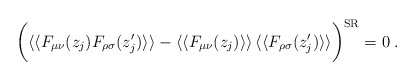
\begin{align*}\bigg( \langle\langle F_{\mu\nu}(z_j) F_{\rho\sigma}(z_j^{\prime})\rangle\rangle - \langle\langle F_{\mu\nu}(z_j) \rangle\rangle \,\langle\langle F_{\rho\sigma}(z_j^{\prime}) \rangle\rangle\bigg)^{{\rm SR}} = 0 \> .\end{align*}